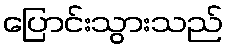
ပြောင်းသွားသည်